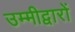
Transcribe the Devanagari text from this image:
उम्मीद्वारों